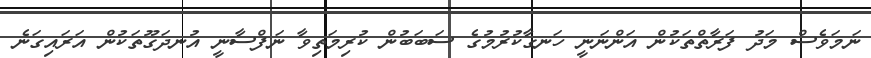
ނަމަވެސް މަދު ފަރާތްތަކުން އަންނަނީ ހަނގާކުރުމުގެ ސަބަބުން ކުރިމަތިވާ ނަފްސާނީ އުނދަގޫތަކުން އަރައިގަނެ